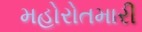
મહોરોતમારી